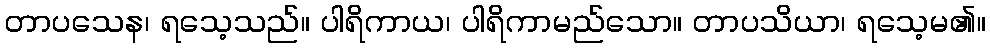
တာပသေန၊ ရသေ့သည်။ ပါရိကာယ၊ ပါရိကာမည်သော။ တာပသိယာ၊ ရသေ့မ၏။